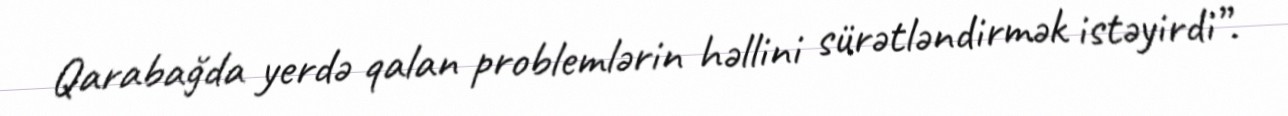
Qarabağda yerdə qalan problemlərin həllini sürətləndirmək istəyirdi”.